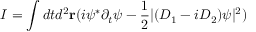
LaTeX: I = \int d t d ^ { 2 } { \bf r } ( i \psi ^ { \ast } \partial _ { t } \psi - { \frac { 1 } { 2 } } | ( D _ { 1 } - i D _ { 2 } ) \psi | ^ { 2 } )